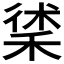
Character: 𥟲